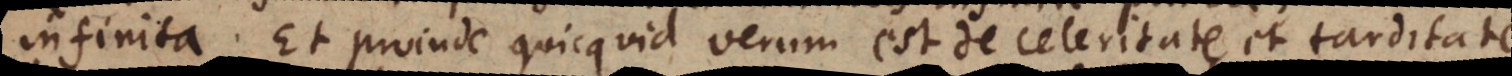
infinita. Et proinde quicquid verum est de celeritate et tarditate